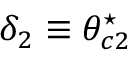
\delta _ { 2 } \equiv \theta _ { c 2 } ^ { \star }